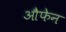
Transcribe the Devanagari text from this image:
औफेन